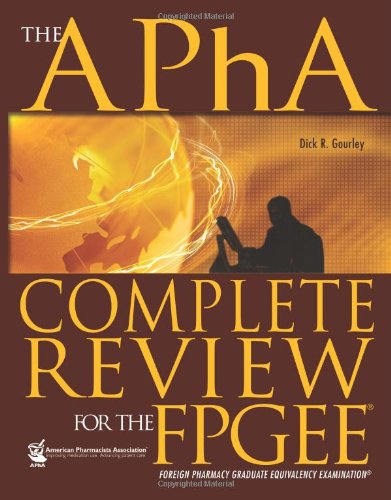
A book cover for The APhA Complete Review for the FPGEE; Dick R. Gourley; Medical Books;